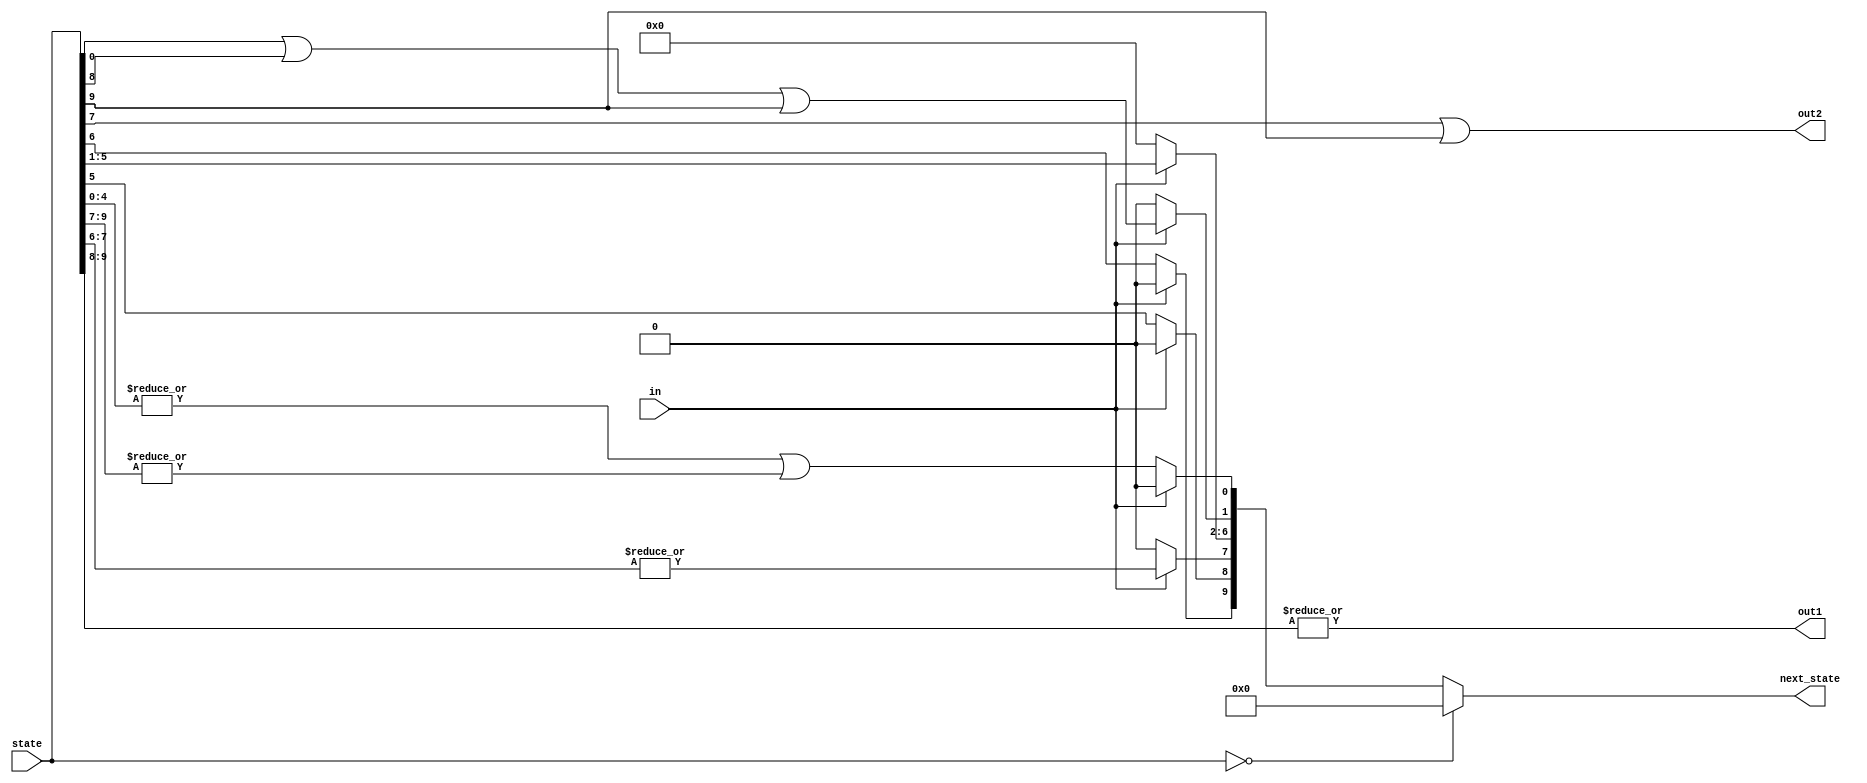
module top_module(
    input in,
    input [9:0] state,
    output [9:0] next_state,
    output out1,
    output out2);

    always @(*) begin
        if(state == 0) next_state = 0;
        // begin end 안쓰면 컴파일 에러 발생: 이유 불명
        ////////////////////
        else if(~in) begin
            next_state[0] = (|state[4:0]) | (|state[9:7]);
            next_state[7:1] = 0;
            next_state[8] = state[5];
            next_state[9] = state[6];
        end
        else begin
            next_state[0] = 0;
            next_state[1] = state[0] | state[8] | state[9];
            next_state[6:2] = state[5:1];
            next_state[7] = (|state[7:6]);
            next_state[9:8] = 0;
        end
        ////////////////////
    end

    assign out1 = (|state[9:8]);
    assign out2 = state[7] | state[9];

endmodule